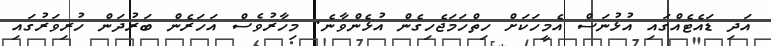
އަދި ޑައެޓެއްގައި އުޅުނަސް އެމީހަކަށް ހިތްހަމަޖެހިގެން އުޅެންވާނެ. މިހާރުވެސް އަހަރެން ބަރުދަން ހުރިވަރުގައި